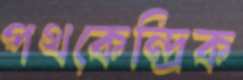
পথকেন্দ্রিক